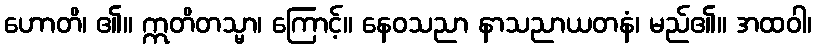
ဟောတိ၊ ၏။ ဣတိတသ္မာ၊ ကြောင့်။ နေဝသညာ နာသညာယတနံ၊ မည်၏။ အထဝါ၊